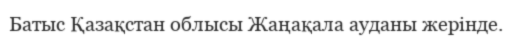
Батыс Қазақстан облысы Жаңақала ауданы жерінде.